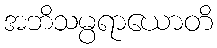
အဘိသမ္ပရာယောတိ